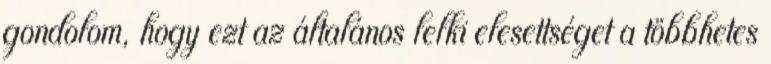
gondolom, hogy ezt az általános lelki elesettséget a többhetes